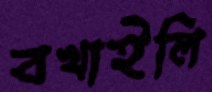
বখাইলি